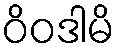
ဝိဝဒါမိ